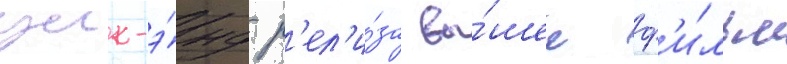
уик-э́нд р'ел'и́за вы́шел ф'и́льм